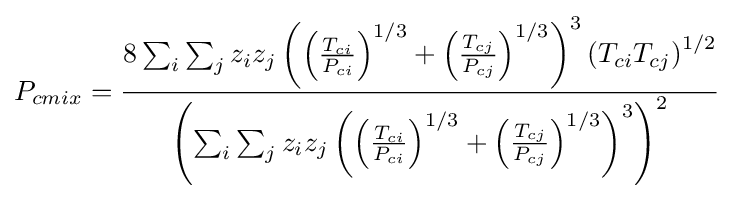
P_{cmix}={\frac {8\sum _{i}\sum _{j}z_{i}z_{j}\left(\left({\frac {T_{ci}}{P_{ci}}}\right)^{1/3}+\left({\frac {T_{cj}}{P_{cj}}}\right)^{1/3}\right)^{3}\left(T_{ci}T_{cj}\right)^{1/2}}{\left(\sum _{i}\sum _{j}z_{i}z_{j}\left(\left({\frac {T_{ci}}{P_{ci}}}\right)^{1/3}+\left({\frac {T_{cj}}{P_{cj}}}\right)^{1/3}\right)^{3}\right)^{2}}}